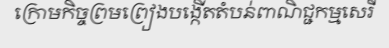
ក្រោមកិច្ចព្រមព្រៀងបង្កើតតំបន់ពាណិជ្ជកម្មសេរី